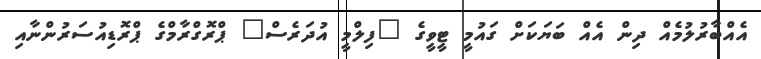
އެއްބާރުލުމެއް ދިން އެއް ބަޔަކަށް ގައުމީ ޓީވީގެ "ފިލްމީ އުދަރެސް" ޕްރޮގްރާމްގެ ޕްރޮޑިއުސަރުންނާއި